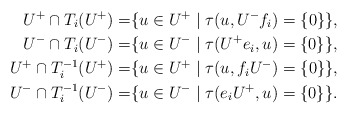
\begin{align*}U^+\cap T_i(U^+)=&\{u\in U^+\mid\tau(u,U^-f_i)=\{0\}\},\\U^-\cap T_i(U^-)=&\{u\in U^-\mid\tau(U^+e_i,u)=\{0\}\},\\U^+\cap T_i^{-1}(U^+)=&\{u\in U^+\mid\tau(u,f_iU^-)=\{0\}\},\\U^-\cap T_i^{-1}(U^-)=&\{u\in U^-\mid\tau(e_iU^+,u)=\{0\}\}.\end{align*}